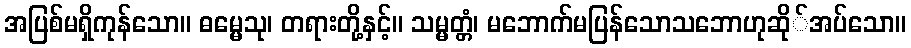
အပြစ်မရှိကုန်သော။ ဓမ္မေသု၊ တရားတို့နှင့်။ သမ္မတ္တံ၊ မဘောက်မပြန်သောသဘောဟုဆို်အပ်သော။